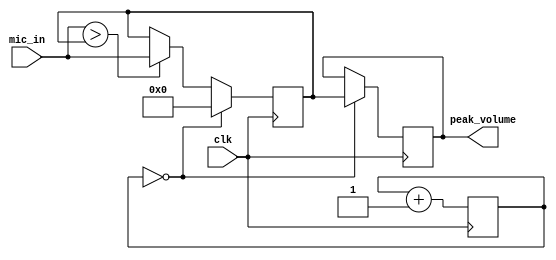
`timescale 1ns / 1ps
//////////////////////////////////////////////////////////////////////////////////
// Company: 
// Engineer: 
// 
// Design Name: 
// Module Name: AudioVolume
// Project Name: 
// Target Devices: 
// Tool Versions: 
// Description: 
// 
// Dependencies: 
// 
// Revision:
// Revision 0.01 - File Created
// Additional Comments:
// 
//////////////////////////////////////////////////////////////////////////////////


module PeakVolume(
    input clk,
    input [11:0] mic_in,
    output reg [11:0] peak_volume = 12'b00000_00000_00
    );
    reg [11:0] max_Volume = 12'b00000_00000_00;
    reg [8:0] count = 9'b00000_0000;
    always @(posedge clk) begin
        count <= count + 1;
        if (mic_in > max_Volume) begin
            max_Volume <= mic_in;
        end
        if (count == 9'b00000_0000) begin
            peak_volume <= max_Volume;
            max_Volume <= 12'b00000_00000_00;
        end
    end
endmodule